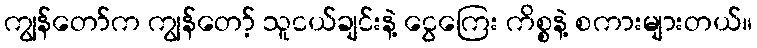
ကျွန်တော်က ကျွန်တော့် သူငယ်ချင်းနဲ့ ငွေကြေး ကိစ္စနဲ့ စကားများတယ်။